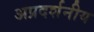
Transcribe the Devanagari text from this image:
अप्रदर्शनीय